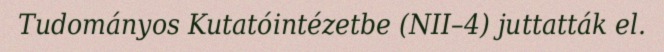
Tudományos Kutatóintézetbe (NII–4) juttatták el.